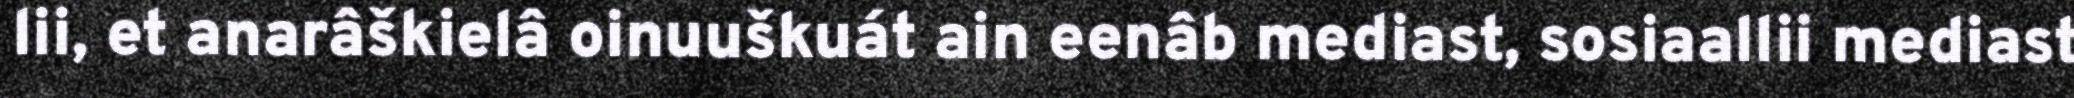
lii, et anarâškielâ oinuuškuát ain eenâb mediast, sosiaallii mediast